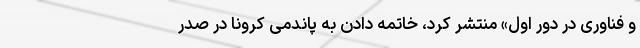
و فناوری در دور اول» منتشر کرد، خاتمه دادن به پاندمی کرونا در صدر